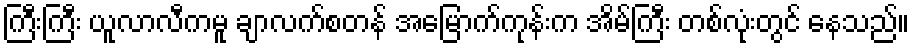
ကြီးကြီး ယူလာလီကမူ ချာလက်စတန် အမြောက်ကုန်းက အိမ်ကြီး တစ်လုံးတွင် နေသည်။